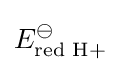
E_{\text{red H+}}^{\ominus }